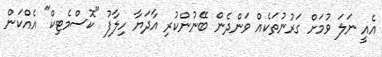
އެއީ ނަލަ ވުމަށް ގަރުނުތަަކެއް ވަންދެން ބޭނުންކުރި އާދަޔާ ހިލާފު "ކޮސްމެޓިކް" އެއްކަން